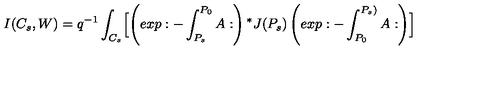
I ( C _ { s } , W ) = q ^ { - 1 } \int _ { C _ { s } } \Bigl [ \left( e x p : - \int _ { P _ { s } } ^ { P _ { 0 } } A : \right) { ^ * J } ( P _ { s } ) \left( e x p : - \int _ { P _ { 0 } } ^ { P _ { s } ) } A : \right) \Bigr ]